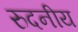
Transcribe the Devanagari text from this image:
रुदनीय